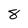
Character: 8